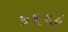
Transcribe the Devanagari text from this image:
५६६८